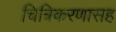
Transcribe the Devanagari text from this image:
चित्रिकरणासह